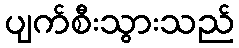
ပျက်စီးသွားသည်